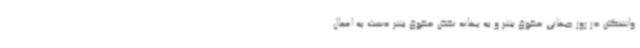
واشنگتن در روز جهانی حقوق بشر و به بهانه نقض حقوق بشر دست به اعمال